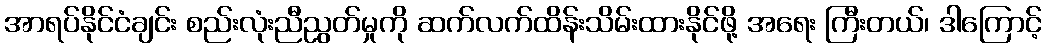
အာရပ်နိုင်ငံချင်း စည်းလုံးညီညွတ်မှုကို ဆက်လက်ထိန်းသိမ်းထားနိုင်ဖို့ အရေး ကြီးတယ်၊ ဒါကြောင့်